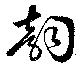
韻